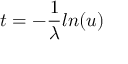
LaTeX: t = - { \frac { 1 } { \lambda } } l n ( u )